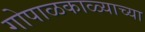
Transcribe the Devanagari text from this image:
गोपाळकाळ्याच्या